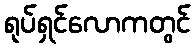
ရုပ်ရှင်လောကတွင်